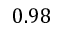
0 . 9 8